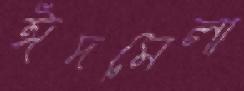
ঈদমেলা